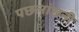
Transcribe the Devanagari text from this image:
पछलांछनी